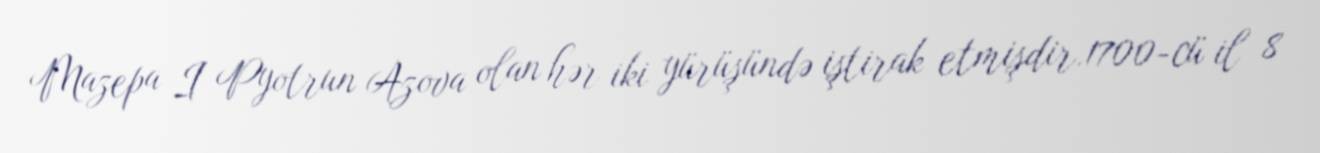
Mazepa I Pyotrun Azova olan hər iki yürüşündə iştirak etmişdir.1700-cü il 8